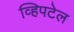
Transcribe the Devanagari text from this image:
व्हिपटेल